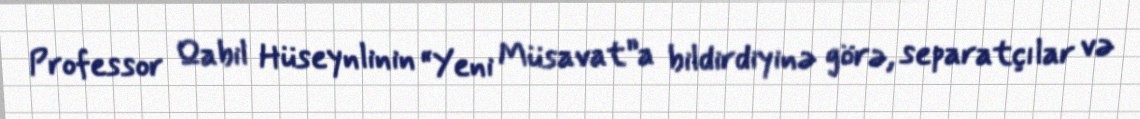
Professor Qabil Hüseynlinin “Yeni Müsavat”a bildirdiyinə görə, separatçılar və